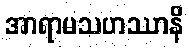
အာရာမသဟဿာနိ